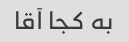
به کجا آقا